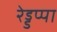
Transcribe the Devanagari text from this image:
रेड्डप्पा